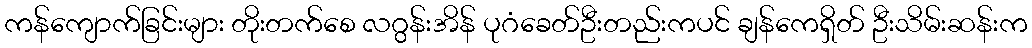
ကန်ကျောက်ခြင်းများ တိုးတက်စေ လဂွန်းအိန် ပုဂံခေတ်ဦးတည်းကပင် ချန်ကေရှိတ် ဦးသိမ်းဆန်းက